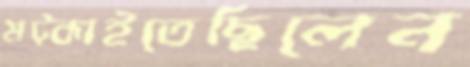
মট্‌কাইতেছিলেন